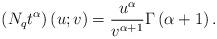
LaTeX: \begin{align*}\left( N_{q}t^{\alpha }\right) \left( u;v\right) =\frac{u^{\alpha }}{v^{\alpha +1}}\Gamma \left( \alpha +1\right) . \end{align*}